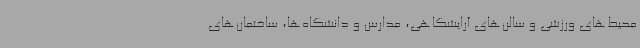
محیط‌های ورزشی و سالن‌های آرایشگاهی، مدارس و دانشگاه‌ها، ساختمان‌های